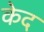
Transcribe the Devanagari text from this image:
केद